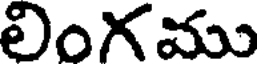
లింగము